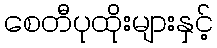
စေတီပုထိုးများနှင့်